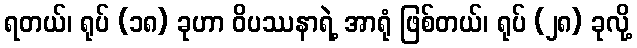
ရတယ်၊ ရုပ် (၁၈) ခုဟာ ဝိပဿနာရဲ့ အာရုံ ဖြစ်တယ်၊ ရုပ် (၂၈) ခုလို့